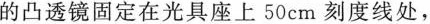
的凸透镜固定在光具座上50cm刻度线处，